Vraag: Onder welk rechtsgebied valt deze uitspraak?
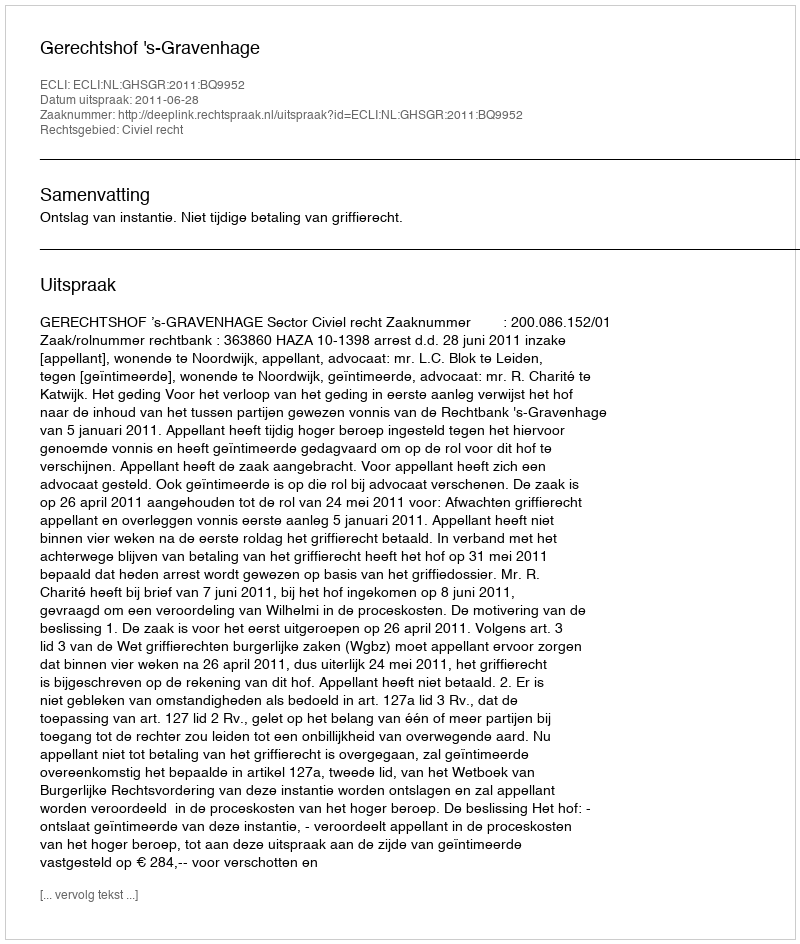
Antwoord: Civiel recht